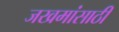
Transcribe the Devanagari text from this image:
जखमांसाठी